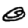
Digit: 0